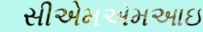
સીએમએમઆઇ